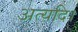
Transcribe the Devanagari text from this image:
अत्यदि।